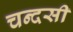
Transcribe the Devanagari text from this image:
चन्दसी